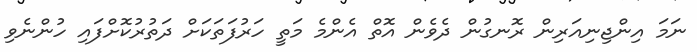
ނަމަ އިންޖިނިއަރިން ރޮނގުން ދެވެން އޮތް އެންމެ މަތީ ހަރުފަތަކަށް ދަތުރުކޮށްފައި ހުންނެވި